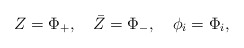
\begin{align*}Z=\Phi_+,\quad\bar Z=\Phi_-,\quad\phi_i=\Phi_i,\end{align*}